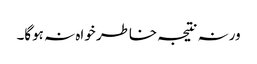
ورنہ نتیجہ خاطر خواہ نہ ہوگا۔